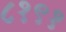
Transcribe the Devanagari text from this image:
८१९१